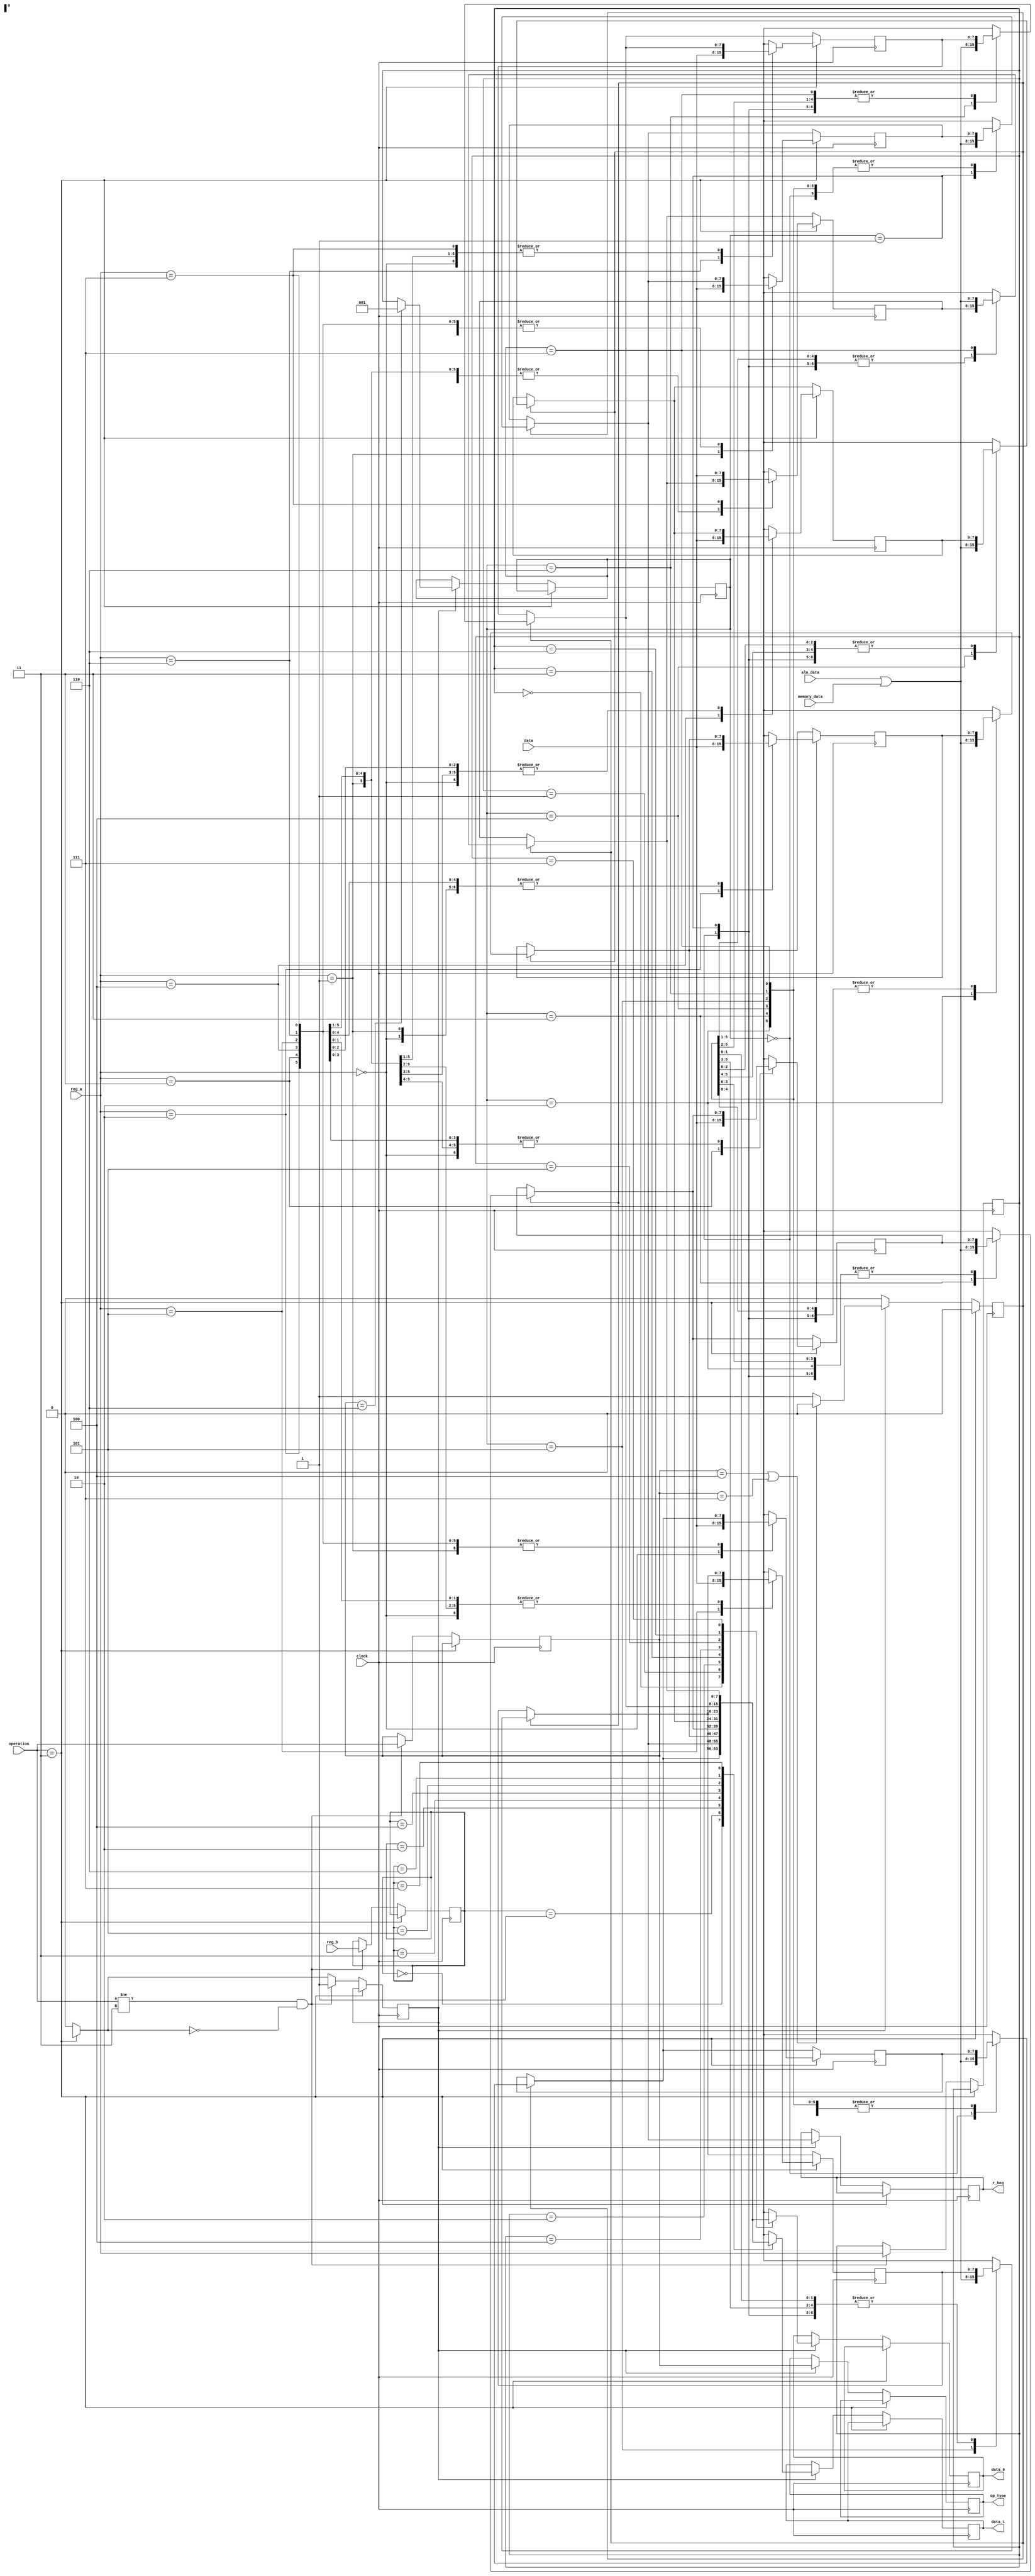

/* 
			****************************
			*  8bits nRisc processor   *
			*         Pipeline         *
			*         Register         *
			*          Memory          *
			*                          *
			*    github.com/t4rcisio   *
			****************************
*/




module register_memory(clock, memory_data, alu_data, operation, reg_a, reg_b, data, op_type, data_0, data_1, r_beq );


input clock;
input [7:0] memory_data;
input [7:0] alu_data;

input [2:0] operation;
input [2:0] reg_a;
input [2:0] reg_b;
input [7:0] data;

output reg [7:0] data_0;
output reg [7:0] data_1;
output reg [2:0] op_type;
output reg [7:0] r_beq;

reg [7:0]regMemory[7:0];

reg [2:0]memory_alpha;
reg pipeline;
reg await_solution;

reg [7:0] register_debug;

reg [2:0]temp_a;
reg [2:0]temp_b;
reg [2:0]temp_o;
reg [2:0]solution_index;
reg [2:0] temp_operation;
reg [7:0] immediate;

initial pipeline = 0;
initial regMemory[0] = 0;
initial await_solution = 0;

always @(negedge clock) begin

	if(await_solution == 1) begin // Recebe as respostas da ULA e da Memoria
		regMemory[solution_index] = alu_data | memory_data;
		await_solution = 0;
	end
	if(operation == 3'b011) begin
		regMemory[reg_a] = data;
	end
	else begin
		if(pipeline == 1) begin
			data_0         = regMemory[temp_a];
			data_1         = regMemory[temp_b];
		   r_beq          = regMemory[01];
			op_type        = temp_o;
			
			if(temp_o == 3'b110)                     // BEQ
				solution_index = 3'b001;
			else
				solution_index = temp_a;
				
			if(temp_o == 3'b100 || temp_o == 3'b111) // SW e BNZ
				await_solution = 0;
			else
				await_solution = 1;
			
			pipeline       = 0;
		end
		if(operation != 3'b011 && pipeline == 0) begin // Memoria intermediaria
			register_debug = data;
			temp_a         = reg_a;
			temp_b         = reg_b;
			temp_o         = operation;
			pipeline       = 1;
		end
	end
end



endmodule